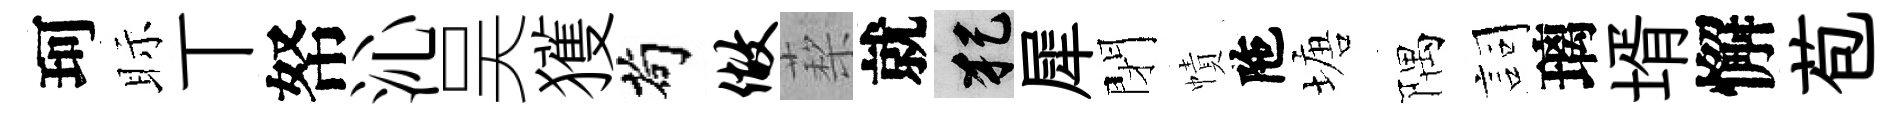
珂眎丅帑沁吴獲茍做蔾就犯犀閉幘陁塘隅詞璃壻懈苞